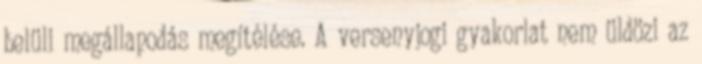
belüli megállapodás megítélése. A versenyjogi gyakorlat nem üldözi az